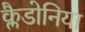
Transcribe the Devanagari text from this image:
क्लैडोनिया